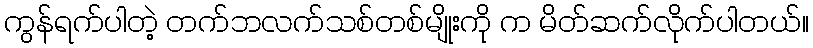
ကွန်ရက်ပါတဲ့ တက်ဘလက်သစ်တစ်မျိုးကို က မိတ်ဆက်လိုက်ပါတယ်။